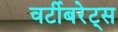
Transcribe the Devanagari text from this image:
वर्टीबरेट्स